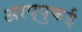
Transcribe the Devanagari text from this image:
अरप्पुकई